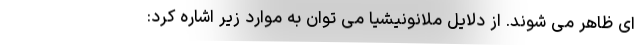
ای ظاهر می شوند. از دلایل ملانونیشیا می توان به موارد زیر اشاره کرد: